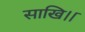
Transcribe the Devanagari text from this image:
साखि।।